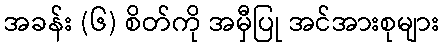
အခန်း (၆) စိတ်ကို အမှီပြု အင်အားစုများ